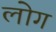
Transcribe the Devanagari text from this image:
लाेेग